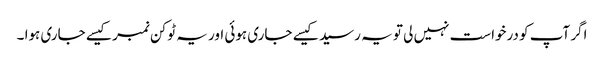
اگر آپ کو درخواست نہیں لی تو یہ رسید کیسے جاری ہوئی اور یہ ٹوکن نمبر کیسے جاری ہوا ۔